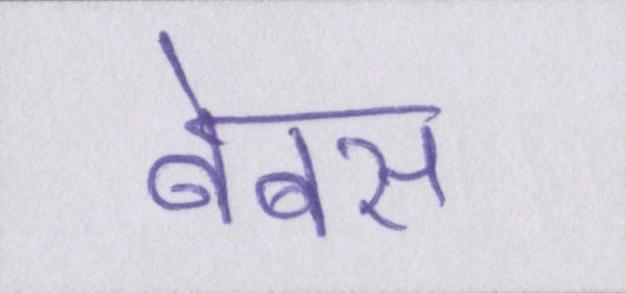
बेबस